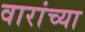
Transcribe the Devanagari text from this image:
वारांच्या